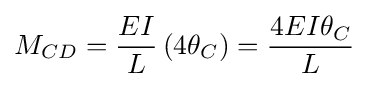
M_{CD}={\frac {EI}{L}}\left(4\theta _{C}\right)={\frac {4EI\theta _{C}}{L}}